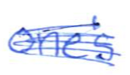
Text: one's
Cross-out: scratch
Writing tool: ballpoint